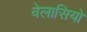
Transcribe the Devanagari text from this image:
वेलासियो